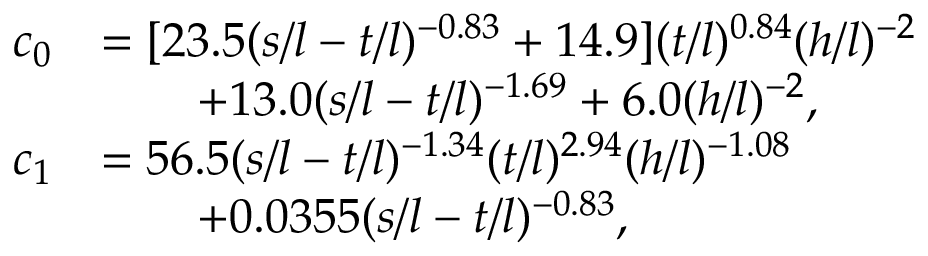
\begin{array} { r l } { c _ { 0 } } & { = [ 2 3 . 5 ( s / l - t / l ) ^ { - 0 . 8 3 } + 1 4 . 9 ] ( t / l ) ^ { 0 . 8 4 } ( h / l ) ^ { - 2 } } \\ & { \qquad + 1 3 . 0 ( s / l - t / l ) ^ { - 1 . 6 9 } + 6 . 0 ( h / l ) ^ { - 2 } , } \\ { c _ { 1 } } & { = 5 6 . 5 ( s / l - t / l ) ^ { - 1 . 3 4 } ( t / l ) ^ { 2 . 9 4 } ( h / l ) ^ { - 1 . 0 8 } } \\ & { \qquad + 0 . 0 3 5 5 ( s / l - t / l ) ^ { - 0 . 8 3 } , } \end{array}